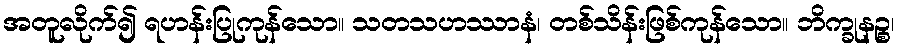
အတူလိုက်၍ ရဟန်းပြုကုန်သော။ သတသဟဿာနံ၊ တစ်သိန်းဖြစ်ကုန်သော။ ဘိက္ခုနဉ္စ၊